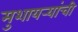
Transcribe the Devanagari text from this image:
मुशायर्‍यांची